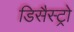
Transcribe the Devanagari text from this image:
डिसैस्ट्रो